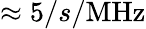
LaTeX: \approx 5/s/\mathrm{MHz}